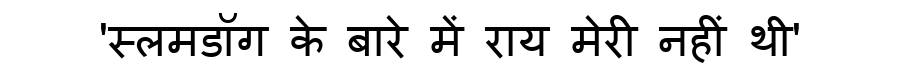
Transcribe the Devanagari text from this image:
'स्लमडॉग के बारे में राय मेरी नहीं थी'